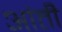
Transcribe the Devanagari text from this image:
आंती